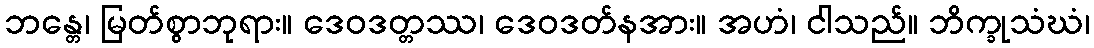
ဘန္တေ၊ မြတ်စွာဘုရား။ ဒေဝဒတ္တဿ၊ ဒေဝဒတ်နအား။ အဟံ၊ ငါသည်။ ဘိက္ခုသံဃံ၊